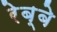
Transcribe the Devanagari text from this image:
रेब्बे